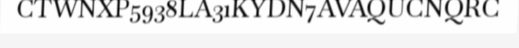
CTWNXP5938LA31KYDN7AVAQUCNQRC